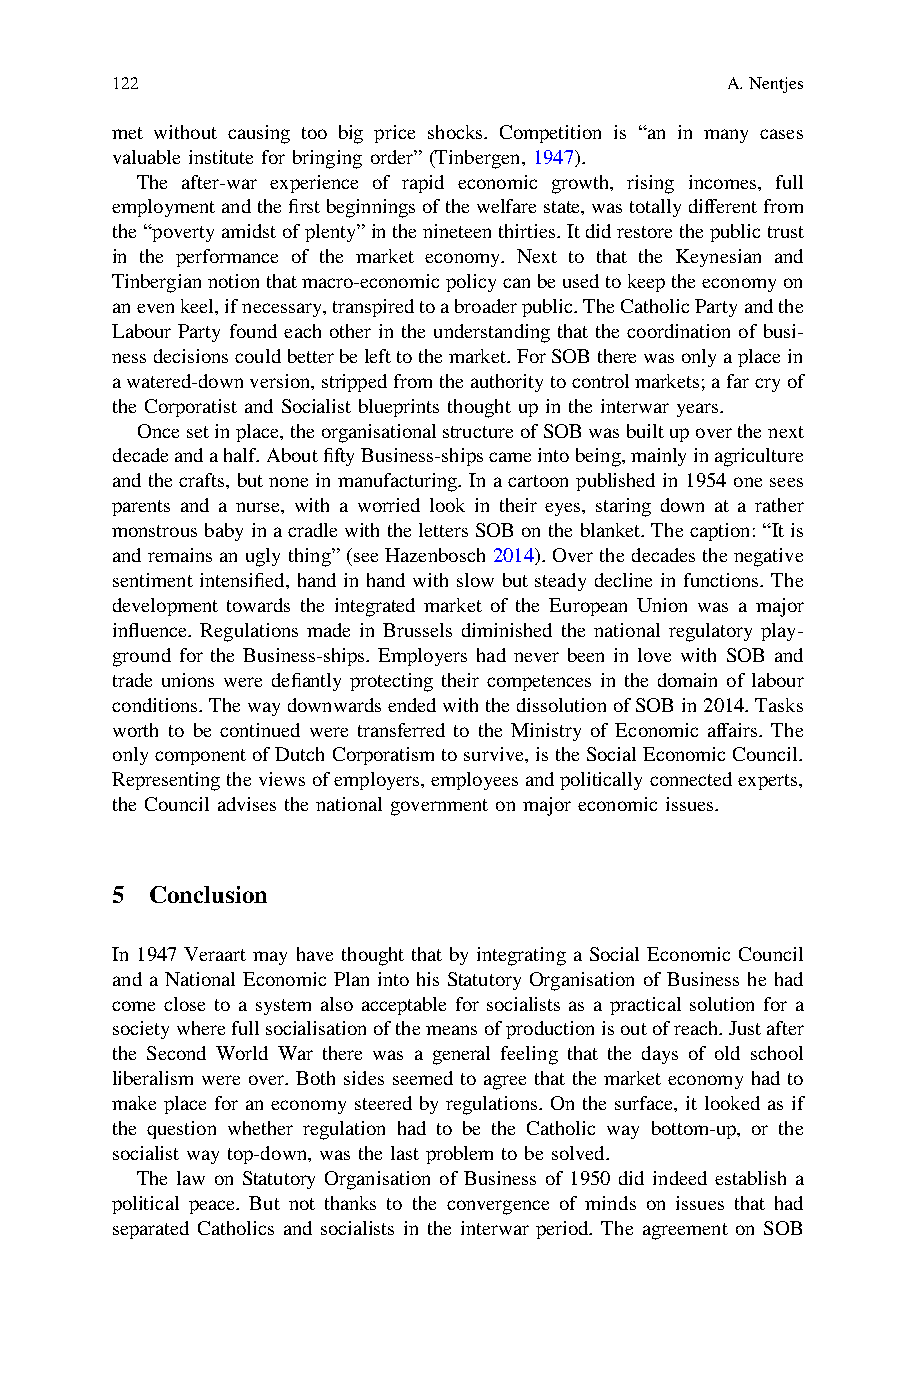
122                                      A.Nentjes
 met without causing too big price shocks. Competition is “an in many cases
 valuable institute for bringing order” (Tinbergen, 1947).
 The after-war experience of rapid economic growth, rising incomes, full
 employmentandthefirstbeginningsofthewelfarestate,wastotallydifferentfrom
 the“povertyamidstofplenty”inthenineteenthirties.Itdidrestorethepublictrust
 in the performance of the market economy. Next to that the Keynesian and
 Tinbergiannotionthatmacro-economicpolicycanbeusedtokeeptheeconomyon
 anevenkeel,ifnecessary,transpiredtoabroaderpublic.TheCatholicPartyandthe
 Labour Party found each other in the understanding that the coordination of busi-
 nessdecisionscouldbetterbelefttothemarket.ForSOBtherewasonlyaplacein
 awatered-downversion,strippedfromtheauthoritytocontrolmarkets;afarcryof
 the Corporatist and Socialist blueprints thought up in the interwar years.
 Oncesetinplace,theorganisationalstructureofSOBwasbuiltupoverthenext
 decadeandahalf.AboutfiftyBusiness-shipscameintobeing,mainlyinagriculture
 and the crafts, butnonein manufacturing. In a cartoon published in1954 one sees
 parents and a nurse, with a worried look in their eyes, staring down at a rather
 monstrousbaby ina cradle with theletters SOBontheblanket.Thecaption:“Itis
 and remains an ugly thing”(see Hazenbosch 2014).Over the decades thenegative
 sentiment intensified, hand in hand with slow but steady decline in functions. The
 development towards the integrated market of the European Union was a major
 influence. Regulations made in Brussels diminished the national regulatory play-
 ground for the Business-ships. Employers had never been in love with SOB and
 trade unions were defiantly protecting their competences in the domain of labour
 conditions.ThewaydownwardsendedwiththedissolutionofSOBin2014.Tasks
 worth to be continued were transferred to the Ministry of Economic affairs. The
 onlycomponentofDutchCorporatismtosurvive,istheSocialEconomicCouncil.
 Representingtheviewsofemployers,employeesandpoliticallyconnectedexperts,
 the Council advises the national government on major economic issues.
 5  Conclusion
 In 1947 Veraart may have thought that by integrating a Social Economic Council
 and a National Economic Plan into his Statutory Organisation of Business he had
 come close to a system also acceptable for socialists as a practical solution for a
 societywherefullsocialisationofthemeansofproductionisoutofreach.Justafter
 the Second World War there was a general feeling that the days of old school
 liberalism were over. Both sides seemed to agree that the market economy had to
 make place for an economy steered by regulations. On the surface, it looked as if
 the question whether regulation had to be the Catholic way bottom-up, or the
 socialist way top-down, was the last problem to be solved.
 The law on Statutory Organisation of Business of 1950 did indeed establish a
 political peace. But not thanks to the convergence of minds on issues that had
 separated Catholics and socialists in the interwar period. The agreement on SOB